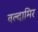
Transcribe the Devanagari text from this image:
वल्दामिर